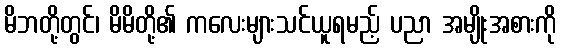
မိဘတို့တွင်၊ မိမိတို့၏ ကလေးများသင်ယူရမည့် ပညာ အမျိုးအစားကို